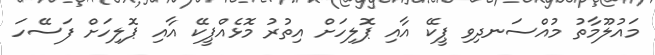
މައުލޫމާތު މުއްސަނދިވި ޕީކޭ އާއި ޕޮލިހަށް އިތުރު މޮޅެއްޕީކޭ އާއި ޕޮލިހަށް ފަސޭހަ